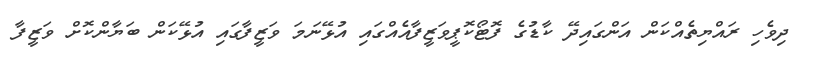
ދިވެހި ރައްޔިތެއްކަން އަންގައިދޭ ކާޑުގެ ފޮޓޯކޮޕީވަޒީފާއެއްގައި އުޅޭނަމަ ވަޒީފާގައި އުޅޭކަން ބަޔާންކޮށް ވަޒީފާ